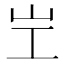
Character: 㞬